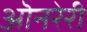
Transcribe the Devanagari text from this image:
ऒनरेरी